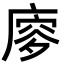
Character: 𢊈